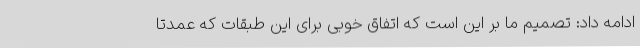
ادامه داد: تصمیم ما بر این است که اتفاق خوبی برای این طبقات که عمدتاً